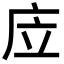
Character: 㡴